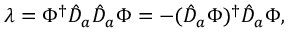
\lambda = \Phi ^ { \dag } \hat { D } _ { a } \hat { D } _ { a } \Phi = - ( \hat { D } _ { a } \Phi ) ^ { \dag } \hat { D } _ { a } \Phi ,